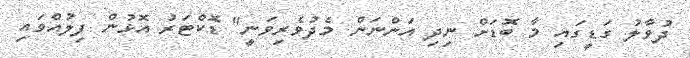
ދުވާލު ގަޑީގައި މާ ބޮޑަށް ނިދި އަންނަން މެދުވެރިވަނީ" ޑޮކްޓަރު އޮޅުން ފިލުއްވައި